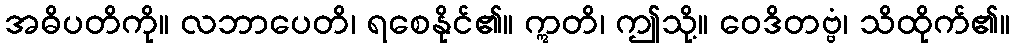
အဓိပတိကို။ လဘာပေတိ၊ ရစေနိုင်၏။ ဣတိ၊ ဤသို့။ ဝေဒိတဗ္ဗံ၊ သိထိုက်၏။